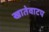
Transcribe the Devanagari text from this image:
खातेवाटप